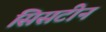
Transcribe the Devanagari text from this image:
सिसटीन